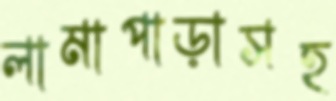
লামাপাড়াসহ